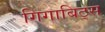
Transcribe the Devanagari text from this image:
गिगाबिट्स